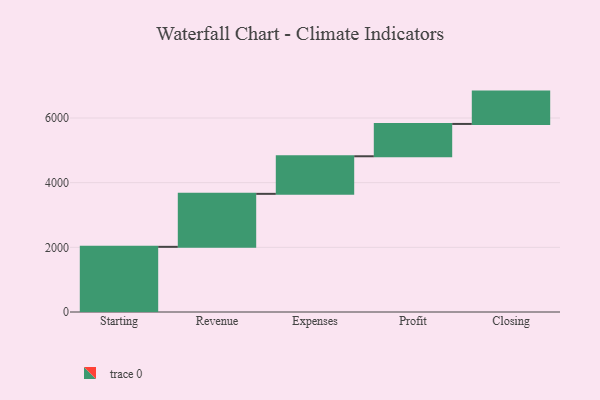
{"axis": {"x": "Step", "y": "Value"}, "legend": [""], "data": [{"x": "Starting", "y": 2015.0, "type": ""}, {"x": "Revenue", "y": 1639.0, "type": ""}, {"x": "Expenses", "y": 1162.0, "type": ""}, {"x": "Profit", "y": 1000, "type": ""}, {"x": "Closing", "y": 1000, "type": ""}]}